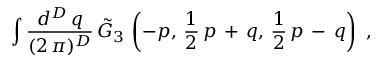
\int \frac { d ^ { D } \, q } { ( 2 \, \pi ) ^ { D } } \, \tilde { G } _ { 3 } \, \left( - p , \, \frac { 1 } { 2 } \, p \, + \, q , \, \frac { 1 } { 2 } \, p \, - \, q \right) \, \, ,